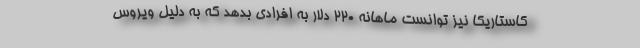
کاستاریکا نیز توانست ماهانه 220 دلار به افرادی بدهد که به دلیل ویروس